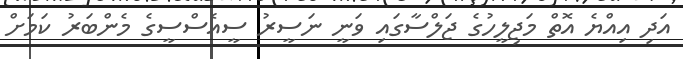
އަދި އިއްޔެ އޮތް މަޖިލީހުގެ ޖަލްސާގައި ވަނީ ނަސީރު ސީއެސްސީގެ މެންބަރު ކަމަށް